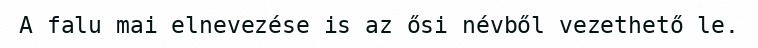
A falu mai elnevezése is az ősi névből vezethető le.